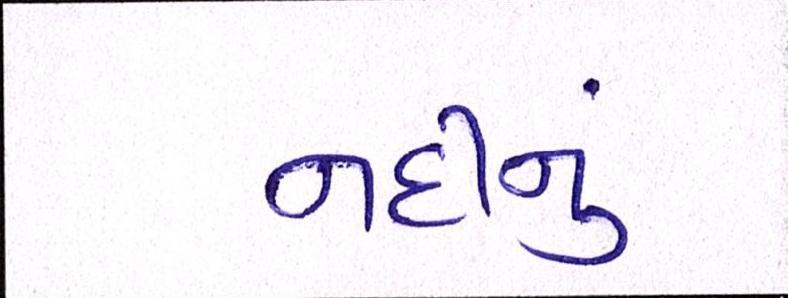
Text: નદીનું